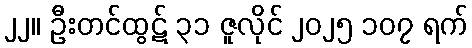
၂၂။ ဦးတင်ထွဋ် ၃၁ ဇူလိုင် ၂၀၂၅ ၁၀၇ ရက်